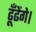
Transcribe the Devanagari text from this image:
ढूँढेंगे।